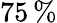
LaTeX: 75\, \%